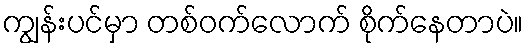
ကျွန်းပင်မှာ တစ်ဝက်လောက် စိုက်နေတာပဲ။